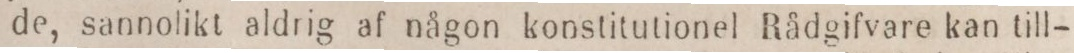
de, sannolikt aldrig af någon konstitutionel Rådgifvare kan till-